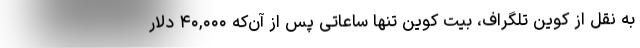
به نقل از کوین تلگراف، بیت کوین تنها ساعاتی پس از آن‌که ۴۰,۰۰۰ دلار